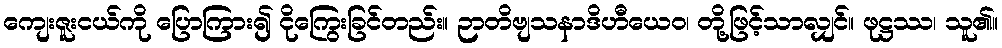
ကျေးဇူးငယ်ကို ပြောကြား၍ ငိုကြွေးခြင်တည်း။ ဉာတိဗျသနာဒိဟီယေဝ၊ တို့ဖြင့်သာလျှင်။ ဖုဋ္ဌဿ၊ သူ၏။